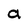
Character: a